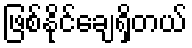
ဖြစ်နိုင်ချေရှိတယ်